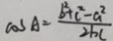
\cos A = \frac { b ^ { 2 } + c ^ { 2 } - a ^ { 2 } } { 2 b c }